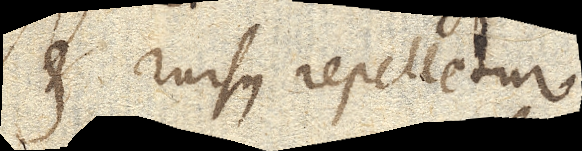
et rursus repelletur.